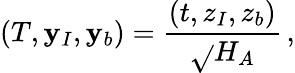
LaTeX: (T,{{\mathbf{y}}}_{I},{{\mathbf{y}}}_{b})={\frac{{(t,{{z}}_{I},{{z}}_{b})}}{{\sqrt{}{{H_{A}}}}}}\, ,